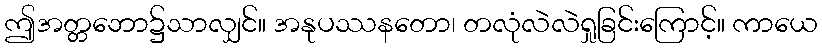
ဤအတ္တဘော၌သာလျှင်။ အနုပဿနတော၊ တလုံလဲလဲရှုခြင်းကြောင့်။ ကာယေ